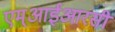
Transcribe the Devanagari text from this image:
एम्आईआरसी